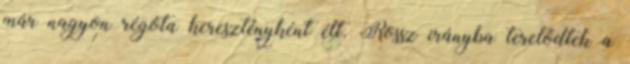
már nagyon régóta keresztényként élt. Rossz irányba terelődtek a